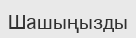
Шашыңызды